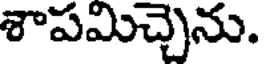
శాపమిచ్చెను.